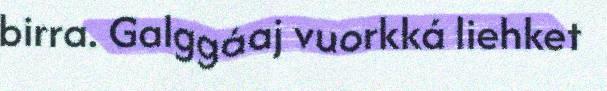
birra. Galggáaj vuorkká liehket